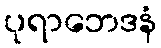
ပုရာဘေဒနံ